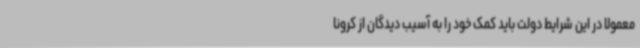
معمولا در این شرایط دولت باید کمک خود را به آسیب دیدگان از کرونا